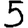
Digit: 5